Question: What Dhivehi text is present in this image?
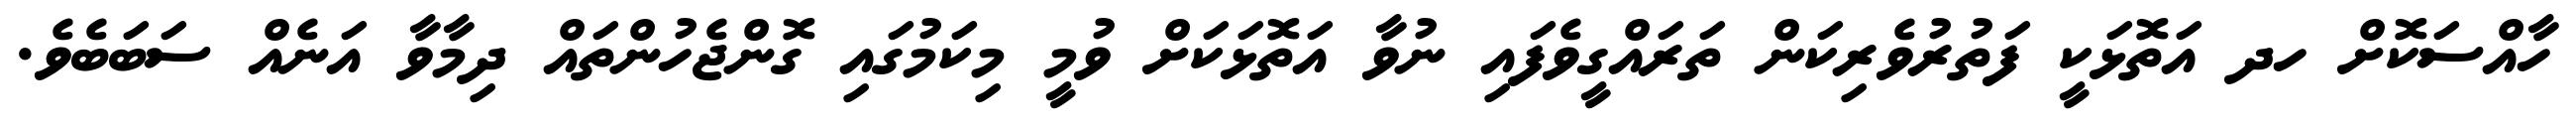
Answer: ހާއްސަކޮށް ހދ އަތޮޅަކީ ފަތުރުވެރިކަން ތަރައްގީވެފައި ނުވާ އަތޮޅަކަށް ވުމީ މިކަމުގައި ގޮންޖެހުންތައް ދިމާވާ އަނެއް ސަބަބެވެ.